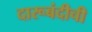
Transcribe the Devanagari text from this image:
दारूबंदीची